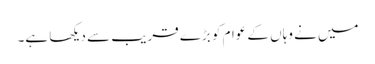
میں نے وہاں کے عوام کو بڑے قریب سے دیکھا ہے۔